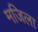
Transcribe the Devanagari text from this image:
मजिला